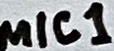
Text: MIC1